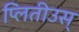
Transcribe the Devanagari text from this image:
प्लितीउस्